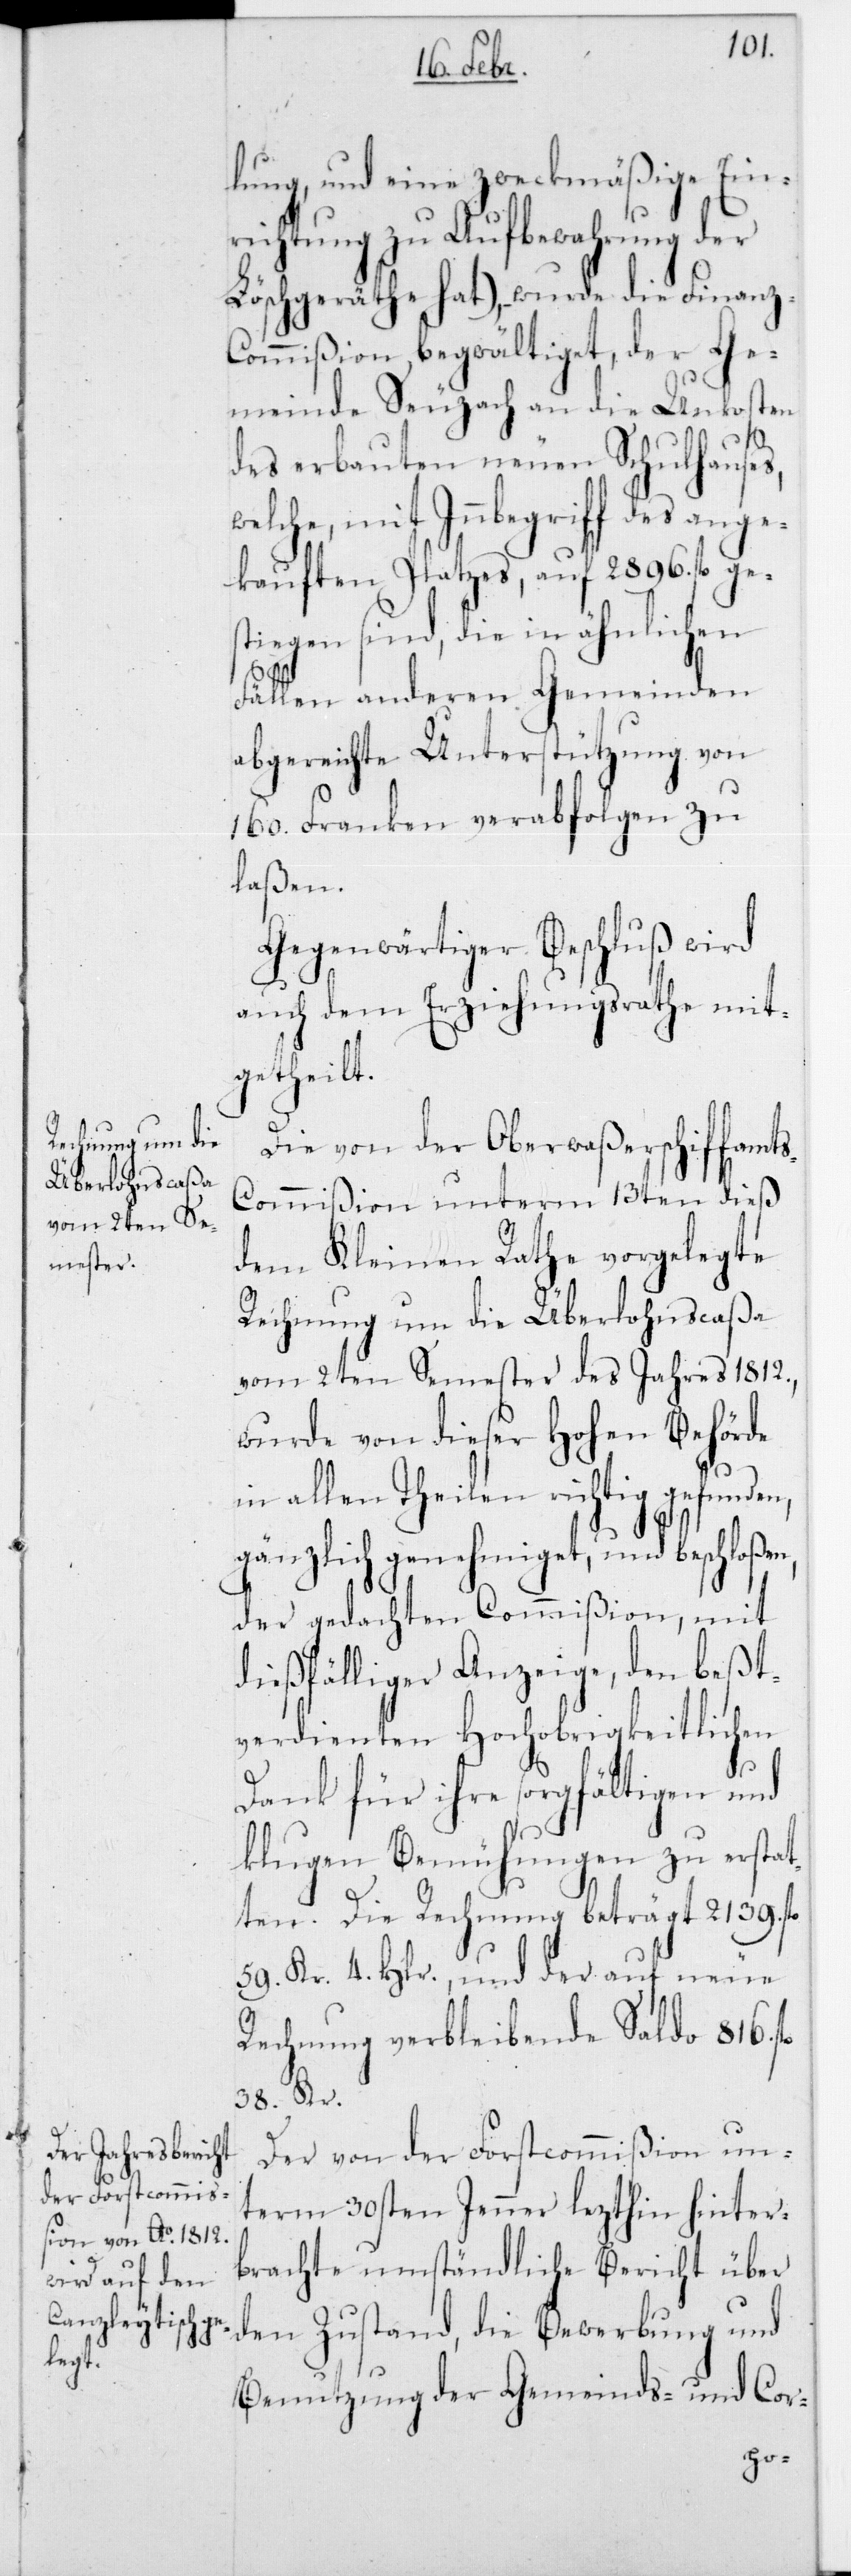
lung, und eine zweckmäßige Ein¬
richtung zu[r] Aufbewahrung der
Löschgeräthe hat), wurde die Finanz-C¬
ommißion begwältiget, der Ge¬
meinde Seuzach an die Unkosten
des erbauten neuen Schulhauses,
welche, mit Inbegriff des ange¬
kauften Platzes, auf 2896 fl. ges¬
tiegen sind, die in ähnlichen
Fällen anderen Gemeinden
abgereichte Unterstützung von
160 Franken verabfolgen zu
laßen.
Gegenwärtiger Beschluß wird
auch dem Erziehungsrathe mit¬
getheilt.
Die von der Oberwaßerschiffamt¬
s-Commißion unterm 13ten dieß
dem Kleinen Rathe vorgelegte
Rechnung um die Überlohnscaßa
vom 2ten Semester des Jahres 1812,
wurde von dieser Hohen Behörde
in allen Theilen richtig gefunden,
gänzlich genehmiget, und beschloßen,
der gedachten Commißion, mit
dießfälliger Anzeige, den beßt¬
verdienten Hochobrigkeitlichen
Dank für ihre sorgfältigen und
klugen Bemühungen zu erstat¬
ten. Die Rechnung beträgt 2139 fl.
59 Kr. 4 Hlr., und der auf neue
Rechnung verbleibende Saldo 816 fl.
38 Kr.
Der von der Forstcommißion un¬
term 30sten Jenner letzthin hinter¬
brachte umständliche Bericht über
den Zustand, die Bewerbung und
Benutzung der Gemeinds- und Cor-